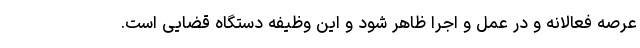
عرصه فعالانه و در عمل و اجرا ظاهر شود و این وظیفه دستگاه قضایی است.